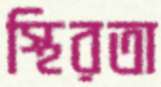
স্থিরতা